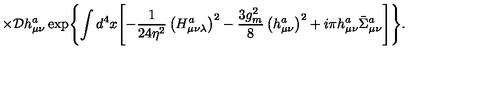
\times { \cal D } h _ { \mu \nu } ^ { a } \exp \Biggl \{ \int d ^ { 4 } x \Biggl [ - \frac { 1 } { 2 4 \eta ^ { 2 } } \left( H _ { \mu \nu \lambda } ^ { a } \right) ^ { 2 } - \frac { 3 g _ { m } ^ { 2 } } { 8 } \left( h _ { \mu \nu } ^ { a } \right) ^ { 2 } + i \pi h _ { \mu \nu } ^ { a } \bar { \Sigma } _ { \mu \nu } ^ { a } \Biggr ] \Biggr \} .